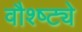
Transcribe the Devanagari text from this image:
वौश्ष्ट्ये